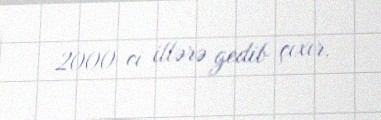
2000-ci illərə gedib çıxır.